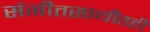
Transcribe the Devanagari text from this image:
संगीतसाथीतही